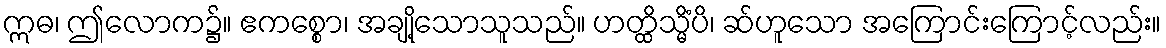
ဣဓ၊ ဤလောက၌။ ဧကစ္စော၊ အချို့သောသူသည်။ ဟတ္ထိသ္မိံပိ၊ ဆ်ဟူသော အကြောင်းကြောင့်လည်း။